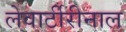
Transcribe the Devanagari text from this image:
लेवार्टीरीनाल